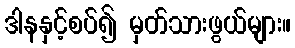
ဒါနနှင့်စပ်၍ မှတ်သားဖွယ်များ။